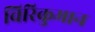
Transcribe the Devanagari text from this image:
चिरिकुमान